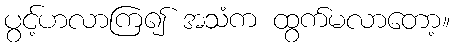
ပွင့်ဟလာကြ၍ အသံက ထွက်မလာတော့။